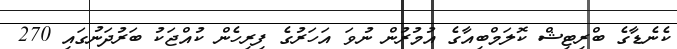
ކެނެޑާގެ ބްރިޓިޝް ކޮލަމްބިއާގެ އުމުރުން ނުވަ އަހަރުގެ ފިރިހެން ކުއްޖަކު ބަރުދަނުގައި 270